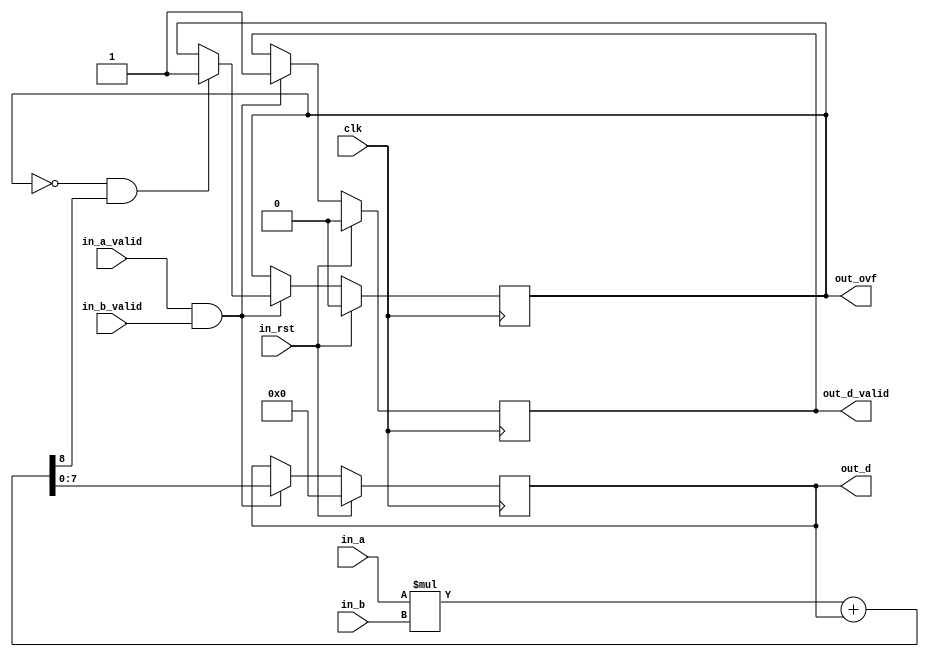
module my_mac #(
	parameter BITWIDTH = 4
)
(
  input [BITWIDTH-1:0] in_a,
  input in_a_valid,
  input [BITWIDTH-1:0] in_b,
  input in_b_valid,
  input clk,
  input in_rst,
  output reg [2*BITWIDTH-1:0] out_d,
  output reg out_ovf,
  output reg out_d_valid
);

  wire [2*BITWIDTH:0] multi;
  assign multi = in_a * in_b + out_d;

  always @(posedge clk) begin
    if(in_rst) begin
      out_d <= 0;
      out_d_valid <= 0;
      out_ovf <= 0;
    end
    else begin
      if (in_a_valid & in_b_valid) begin
        out_d_valid <= 1;

        out_d <= multi[2*BITWIDTH-1:0];

        if(!out_ovf & multi[2*BITWIDTH]) begin
          out_ovf <= 1;
        end
      end
    end
  end

endmodule